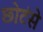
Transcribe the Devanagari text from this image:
छोटंसे